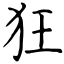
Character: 狂